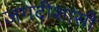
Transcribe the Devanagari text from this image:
जगदीशासी